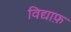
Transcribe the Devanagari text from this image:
विद्याफ़